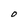
Character: O